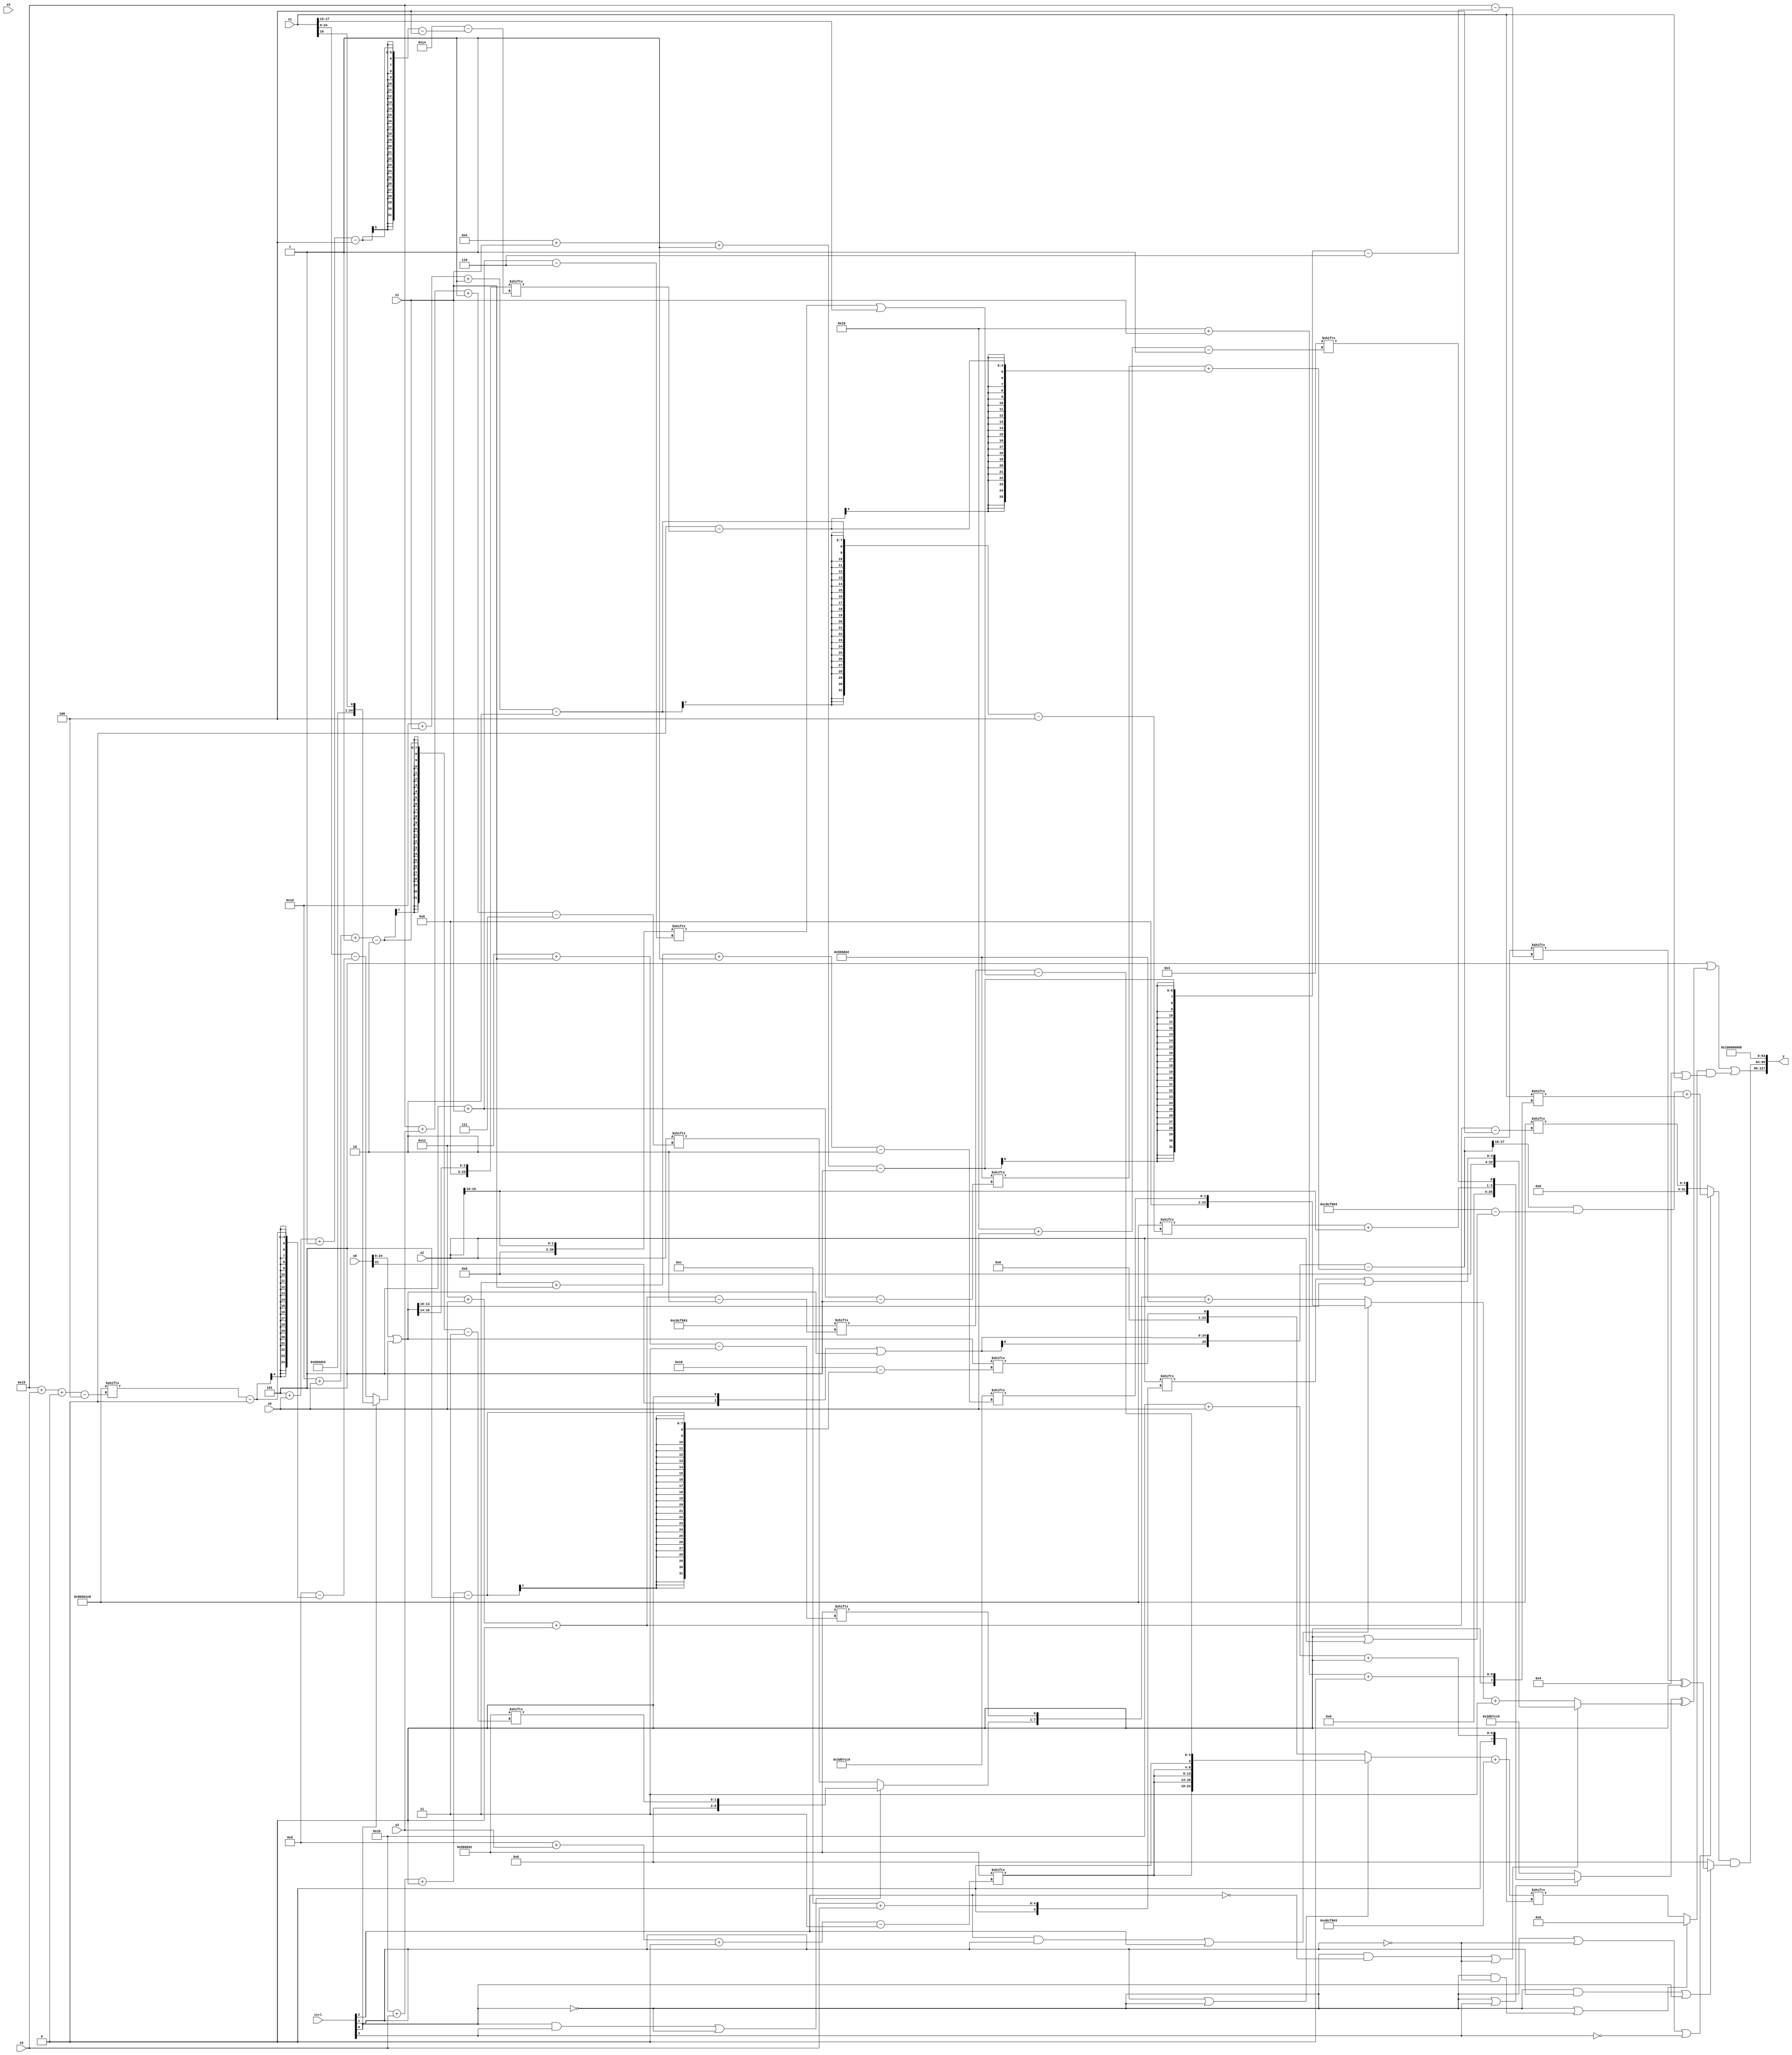
module partsel_00239(ctrl, s0, s1, s2, s3, x0, x1, x2, x3, y);
  input [3:0] ctrl;
  input [2:0] s0;
  input [2:0] s1;
  input [2:0] s2;
  input [2:0] s3;
  input [31:0] x0;
  input signed [31:0] x1;
  input [31:0] x2;
  input signed [31:0] x3;
  wire signed [28:3] x4;
  wire signed [26:6] x5;
  wire [5:29] x6;
  wire [26:0] x7;
  wire signed [27:5] x8;
  wire signed [30:4] x9;
  wire [30:3] x10;
  wire signed [4:27] x11;
  wire signed [6:31] x12;
  wire signed [29:5] x13;
  wire [24:1] x14;
  wire [30:6] x15;
  output [127:0] y;
  wire signed [31:0] y0;
  wire [31:0] y1;
  wire signed [31:0] y2;
  wire signed [31:0] y3;
  assign y = {y0,y1,y2,y3};
  localparam [27:5] p0 = 659987778;
  localparam [30:2] p1 = 747436291;
  localparam signed [31:4] p2 = 162882024;
  localparam [26:0] p3 = 198212809;
  assign x4 = p0;
  assign x5 = x2[19 -: 2];
  assign x6 = (x0 | (ctrl[0] || ctrl[3] && !ctrl[3] ? {2{{(p3[14] | x4), x1[10]}}} : ({{2{x2[15 +: 4]}}, x1} - (x4[14 -: 4] - (p2[21 + s2 +: 4] - p2[21 -: 1])))));
  assign x7 = ((ctrl[1] || !ctrl[0] && !ctrl[0] ? {{2{{2{x4[13 + s3 +: 5]}}}}, {(p3[16 +: 1] & x2[21]), (p1[17 + s0 +: 3] - (x5[5 + s1] | x1[15 +: 3]))}} : x6[22 + s2 +: 1]) + p1);
  assign x8 = (ctrl[2] && ctrl[1] || ctrl[2] ? p3[3 + s1 -: 2] : ({(ctrl[0] && ctrl[3] || !ctrl[0] ? x4[29 + s0 -: 2] : x2[21 + s3 -: 7]), x4[17 + s1]} + p0));
  assign x9 = p1[20 -: 3];
  assign x10 = ({p2, p1[1 + s3 +: 6]} + (ctrl[1] && !ctrl[2] && ctrl[3] ? p1[15 +: 2] : p2));
  assign x11 = x6[13 +: 3];
  assign x12 = ({2{({x0[21], (p0[19] & p0[22 -: 1])} | x6)}} - (p0[5 + s1] + (p0[19] - x11[5 + s0 -: 4])));
  assign x13 = x4[13 +: 4];
  assign x14 = x9;
  assign x15 = {((!ctrl[2] || ctrl[1] && !ctrl[1] ? {2{p2[23 + s0 +: 3]}} : p1[17 + s1 +: 8]) & (({p1[8 +: 1], x3} + (p1[31 + s2 -: 7] | x14[23 + s3 +: 2])) & p0)), {2{x6}}};
  assign y0 = ((p0[14 -: 4] | ((!ctrl[0] || ctrl[3] && ctrl[3] ? {(p2[29 + s1 -: 2] + x5), x14[16 + s0]} : p3) ^ (!ctrl[0] && !ctrl[2] || !ctrl[1] ? (ctrl[1] && !ctrl[1] && !ctrl[2] ? p0[20 + s0 +: 8] : (x2[12 + s2] | x15[19 -: 4])) : {x9[14 +: 2], (x8 + x4[17 -: 4])}))) | {2{((!ctrl[0] || !ctrl[0] && !ctrl[1] ? x13[10 +: 4] : x7[22 + s0 +: 7]) & {{p2[10 + s0], p2}, (x9 | x1)})}});
  assign y1 = ((!ctrl[0] || !ctrl[1] || !ctrl[3] ? ((x12[14 +: 2] & (p1 - (p1[19 -: 2] | x2))) + x1[16 + s1 +: 3]) : p2[17 + s0 +: 4]) & (!ctrl[0] && ctrl[1] || ctrl[0] ? (x12[14 + s1 -: 5] ^ p2[23]) : x11[9]));
  assign y2 = p1[13];
  assign y3 = x14[13 +: 3];
endmodule